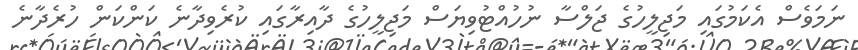
ނަމަވެސް އެކަމުގައި މަޖިލީހުގެ ޖަލްސާ ނުހުއްޓުވިޔަސް މަޖިލީހުގެ ދާއިރާގައި ކުރެވިދާނެ ކަންކަން ހުރެދާނެ